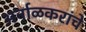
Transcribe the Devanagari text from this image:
अर्नाळकरांचे